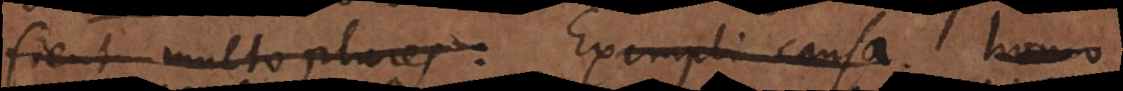
fient multo plures: Exempli causa. homo